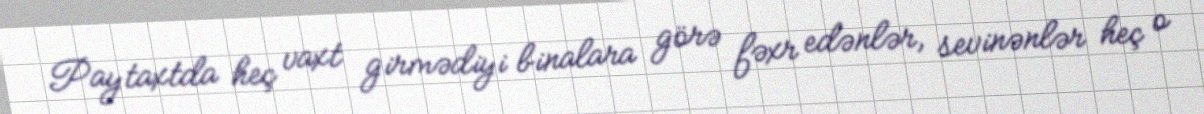
Paytaxtda heç vaxt girmədiyi binalara görə fəxr edənlər, sevinənlər heç o